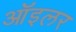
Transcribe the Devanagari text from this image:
ऑइलर